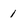
Character: 1